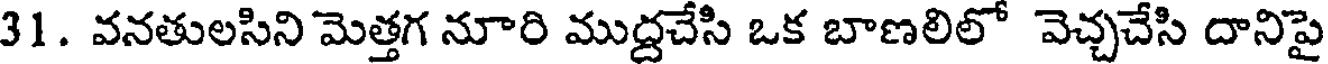
31. వనతులసిని మెత్తగ నూరి ముద్దచేసి ఒక బాణలిలో వెచ్చచేసి దానిపై